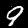
Label: 9